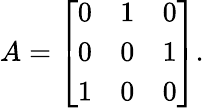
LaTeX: A={\left[\begin{array}{lll}{0}&{1}&{0}\\ {0}&{0}&{1}\\ {1}&{0}&{0}\end{array}\right]}.